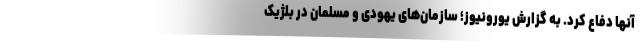
آنها دفاع کرد. به گزارش یورونیوز؛ سازمان‌های یهودی و مسلمان در بلژیک